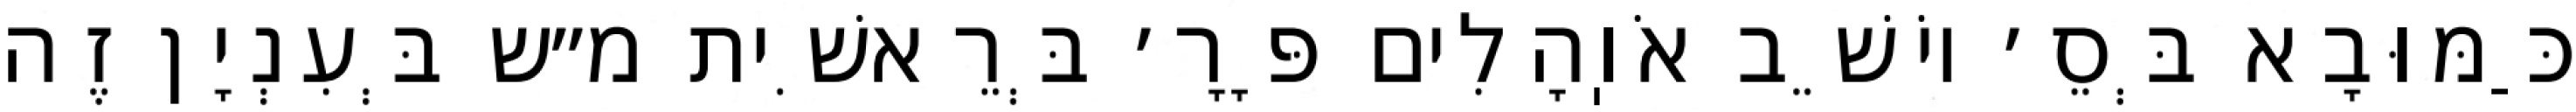
כַּמּוּבָא בְּסֵ׳ יוֹשֵׁב אֹוֽהָלִים פָּרָ׳ בְּרֵאשִׁית מ״ש בְּעִנְיָן זֶה